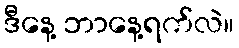
ဒီနေ့ ဘာနေ့ရက်လဲ။